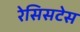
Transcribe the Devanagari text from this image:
रेसिसटेस